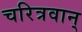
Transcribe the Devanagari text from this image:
चरित्रवान्‌